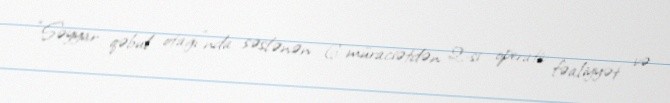
“Səyyar qəbul otağı”nda səslənən 6 müraciətdən 2-si operativ fəaliyyət və